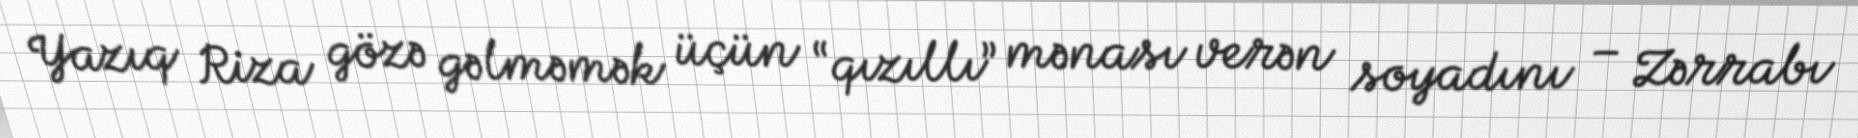
Yazıq Riza gözə gəlməmək üçün “qızıllı” mənası verən soyadını – Zərrabı